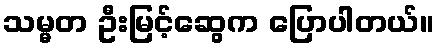
သမ္မတ ဦးမြင့်ဆွေက ပြောပါတယ်။